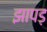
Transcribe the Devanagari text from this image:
झापड़